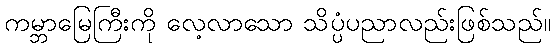
ကမ္ဘာမြေကြီးကို လေ့လာသော သိပ္ပံပညာလည်းဖြစ်သည်။